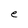
Character: e